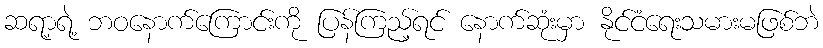
ဆရာ့ရဲ့ ဘဝနောက်ကြောင်းကို ပြန်ကြည့်ရင် နောက်ဆုံးမှာ နိုင်ငံရေးသမားမဖြစ်ဘဲ